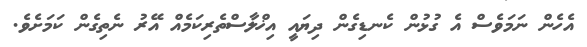
އެހެން ނަމަވެސް އެ ގުޅުން ކެނޑިގެން ދިޔައީ އިޚްލާސްތެރިކަމެއް އޭރު ނެތިގެން ކަމަށެވެ.